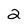
Character: 2